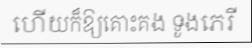
ហើយក៏ឱ្យគោះគង ទូងភេរី